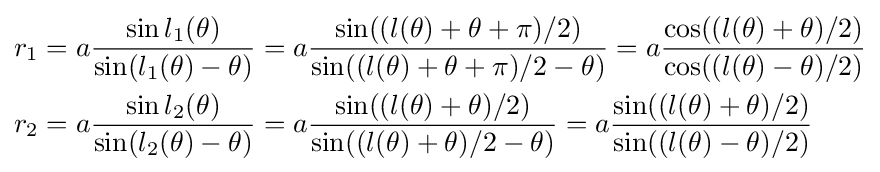
{\begin{aligned}&r_{1}=a{\frac {\sin l_{1}(\theta )}{\sin(l_{1}(\theta )-\theta )}}=a{\frac {\sin((l(\theta )+\theta +\pi )/2)}{\sin((l(\theta )+\theta +\pi )/2-\theta )}}=a{\frac {\cos((l(\theta )+\theta )/2)}{\cos((l(\theta )-\theta )/2)}}\\&r_{2}=a{\frac {\sin l_{2}(\theta )}{\sin(l_{2}(\theta )-\theta )}}=a{\frac {\sin((l(\theta )+\theta )/2)}{\sin((l(\theta )+\theta )/2-\theta )}}=a{\frac {\sin((l(\theta )+\theta )/2)}{\sin((l(\theta )-\theta )/2)}}\end{aligned}}